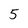
Character: 5